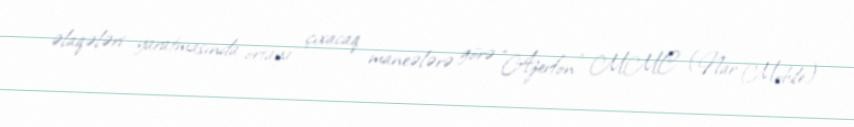
əlaqələri yaratmasında ortaya çıxacaq maneələrə görə “Azerfon” MMC (Nar Mobile)